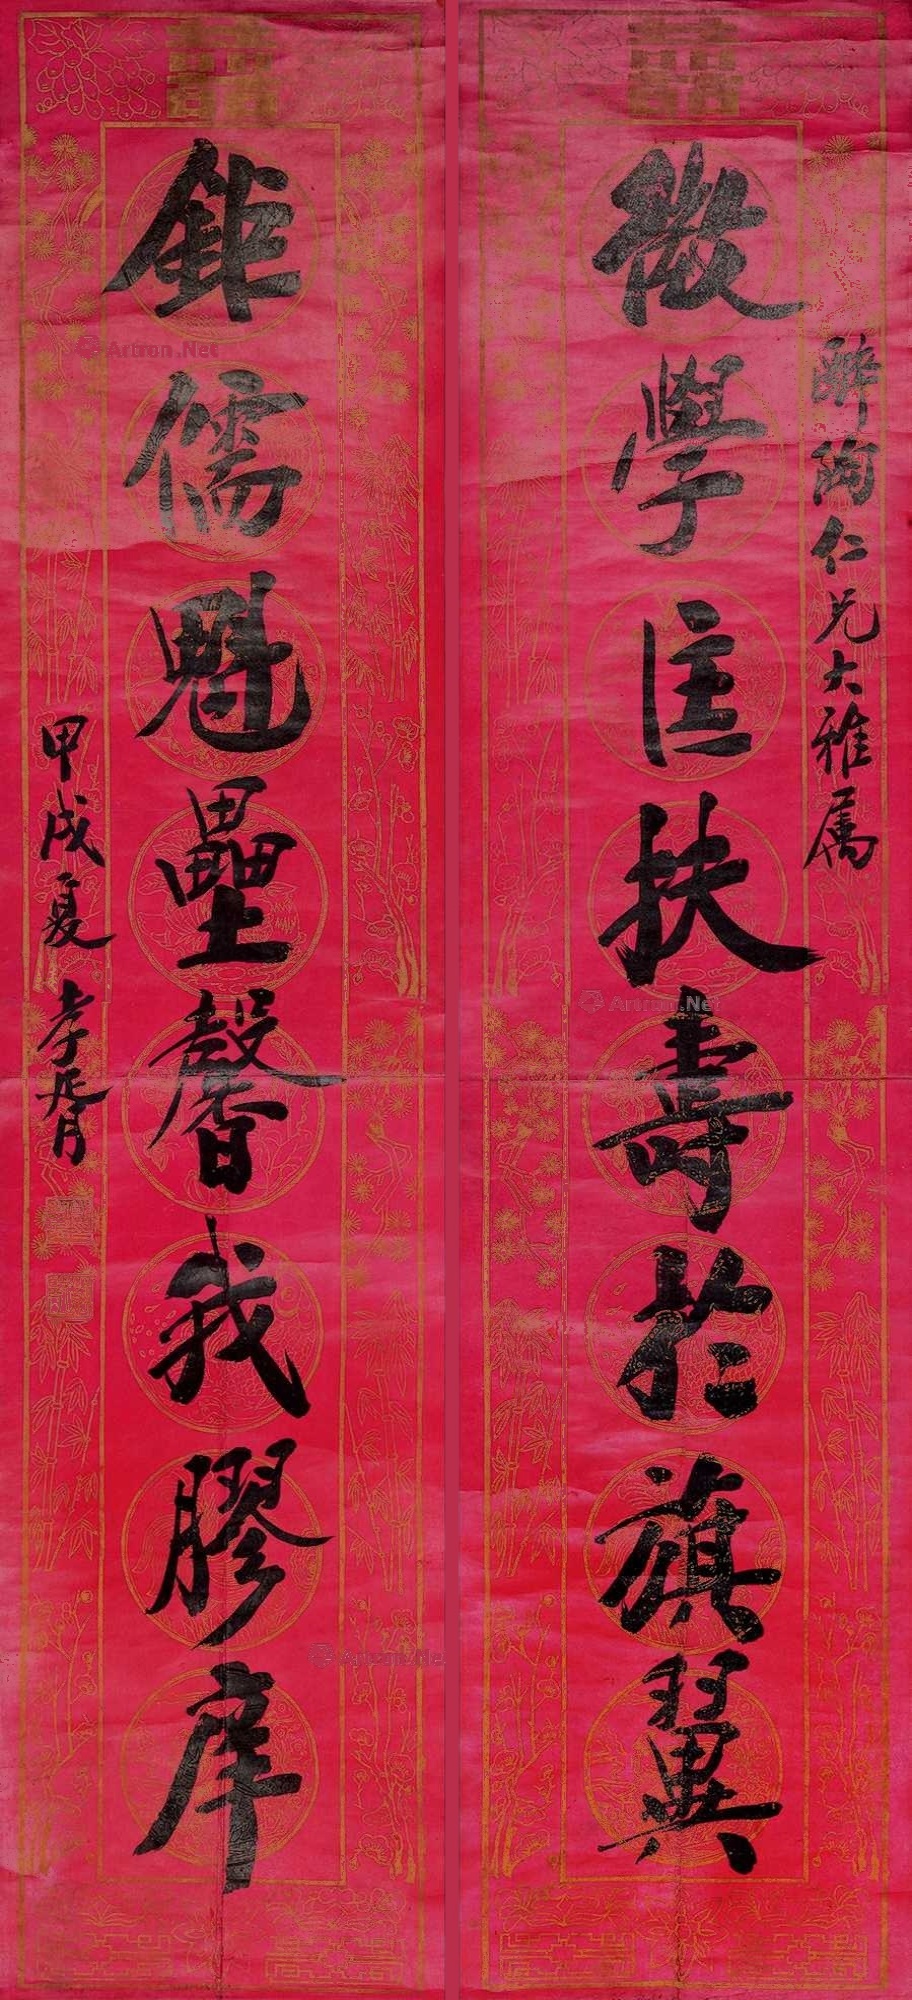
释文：微学匡扶寿于旗翼，巨儒魁垒馨我胶庠。醉陶仁兄大雅属，甲戌（1934）夏孝胥。